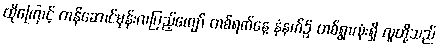
ထိုကြောင့် တန်ဆောင်မုန်းလပြည့်ကျော် တစ်ရက်နေ့ နံနက်၌ တစ်ရွာလုံးရှိ လူတို့သည်